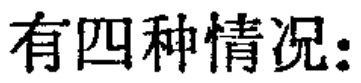
有四种情况：